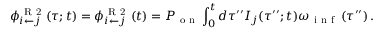
\phi _ { i \leftarrow j } ^ { \mathrm { ~ R ~ 2 ~ } } ( \tau ; t ) = \phi _ { i \leftarrow j } ^ { \mathrm { ~ R ~ 2 ~ } } ( t ) = P _ { \mathrm { ~ o ~ n ~ } } \int _ { 0 } ^ { t } d \tau ^ { \prime \prime } I _ { j } ( \tau ^ { \prime \prime } ; t ) \omega _ { \mathrm { ~ i ~ n ~ f ~ } } \left( \tau ^ { \prime \prime } \right) .